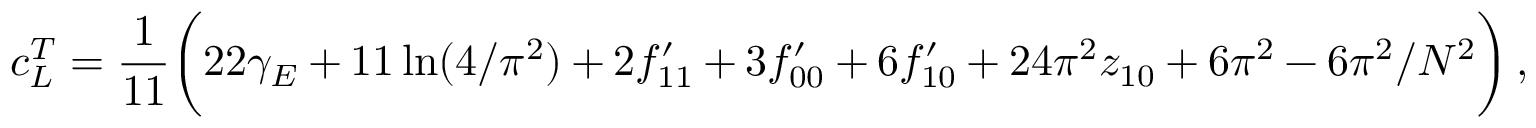
c _ { L } ^ { T } = { \frac { 1 } { 1 1 } } \biggl ( 2 2 \gamma _ { E } + 1 1 \ln ( 4 / \pi ^ { 2 } ) + 2 f _ { 1 1 } ^ { \prime } + 3 f _ { 0 0 } ^ { \prime } + 6 f _ { 1 0 } ^ { \prime } + 2 4 \pi ^ { 2 } z _ { 1 0 } + 6 \pi ^ { 2 } - 6 \pi ^ { 2 } / N ^ { 2 } \biggr ) \, ,